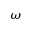
\omega